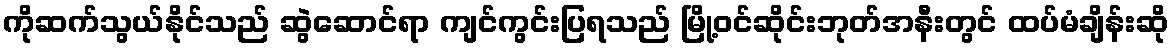
ကိုဆက်သွယ်နိုင်သည် ဆွဲဆောင်ရာ ကျင်ကွင်းပြရသည် မြို့ဝင်ဆိုင်းဘုတ်အနီးတွင် ထပ်မံချိန်းဆို